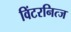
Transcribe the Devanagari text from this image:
विंटरनित्ज